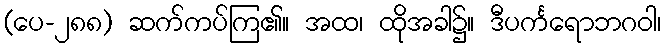
(ပေ-၂၈၈) ဆက်ကပ်ကြ၏။ အထ၊ ထိုအခါ၌။ ဒီပင်္ကရောဘဂဝါ၊